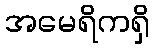
အမေရိကရှိ